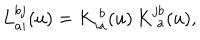
L \mathrm { } _ { a i } ^ { b j } ( u ) = K \mathrm { } _ { i a } ^ { \ b } ( u ) \, K \mathrm { } _ { \ a } ^ { j b } ( u ) ,